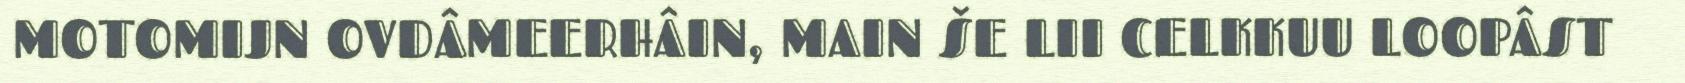
MOTOMIJN OVDÂMEERHÂIN, MAIN ŠE LII CELKKUU LOOPÂST